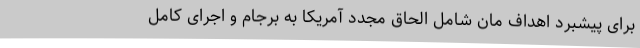
برای پیشبرد اهداف مان شامل الحاق مجدد آمریکا به برجام و اجرای کامل